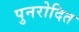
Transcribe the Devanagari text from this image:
पुनरोदित